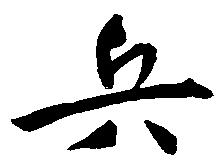
兵